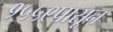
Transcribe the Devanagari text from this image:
१५५९पासून